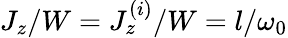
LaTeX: J_{z}/W=J_{z}^{(i)}/W=l/\omega_{0}